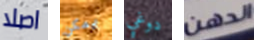
اصلا يمكن دوغي الدهن